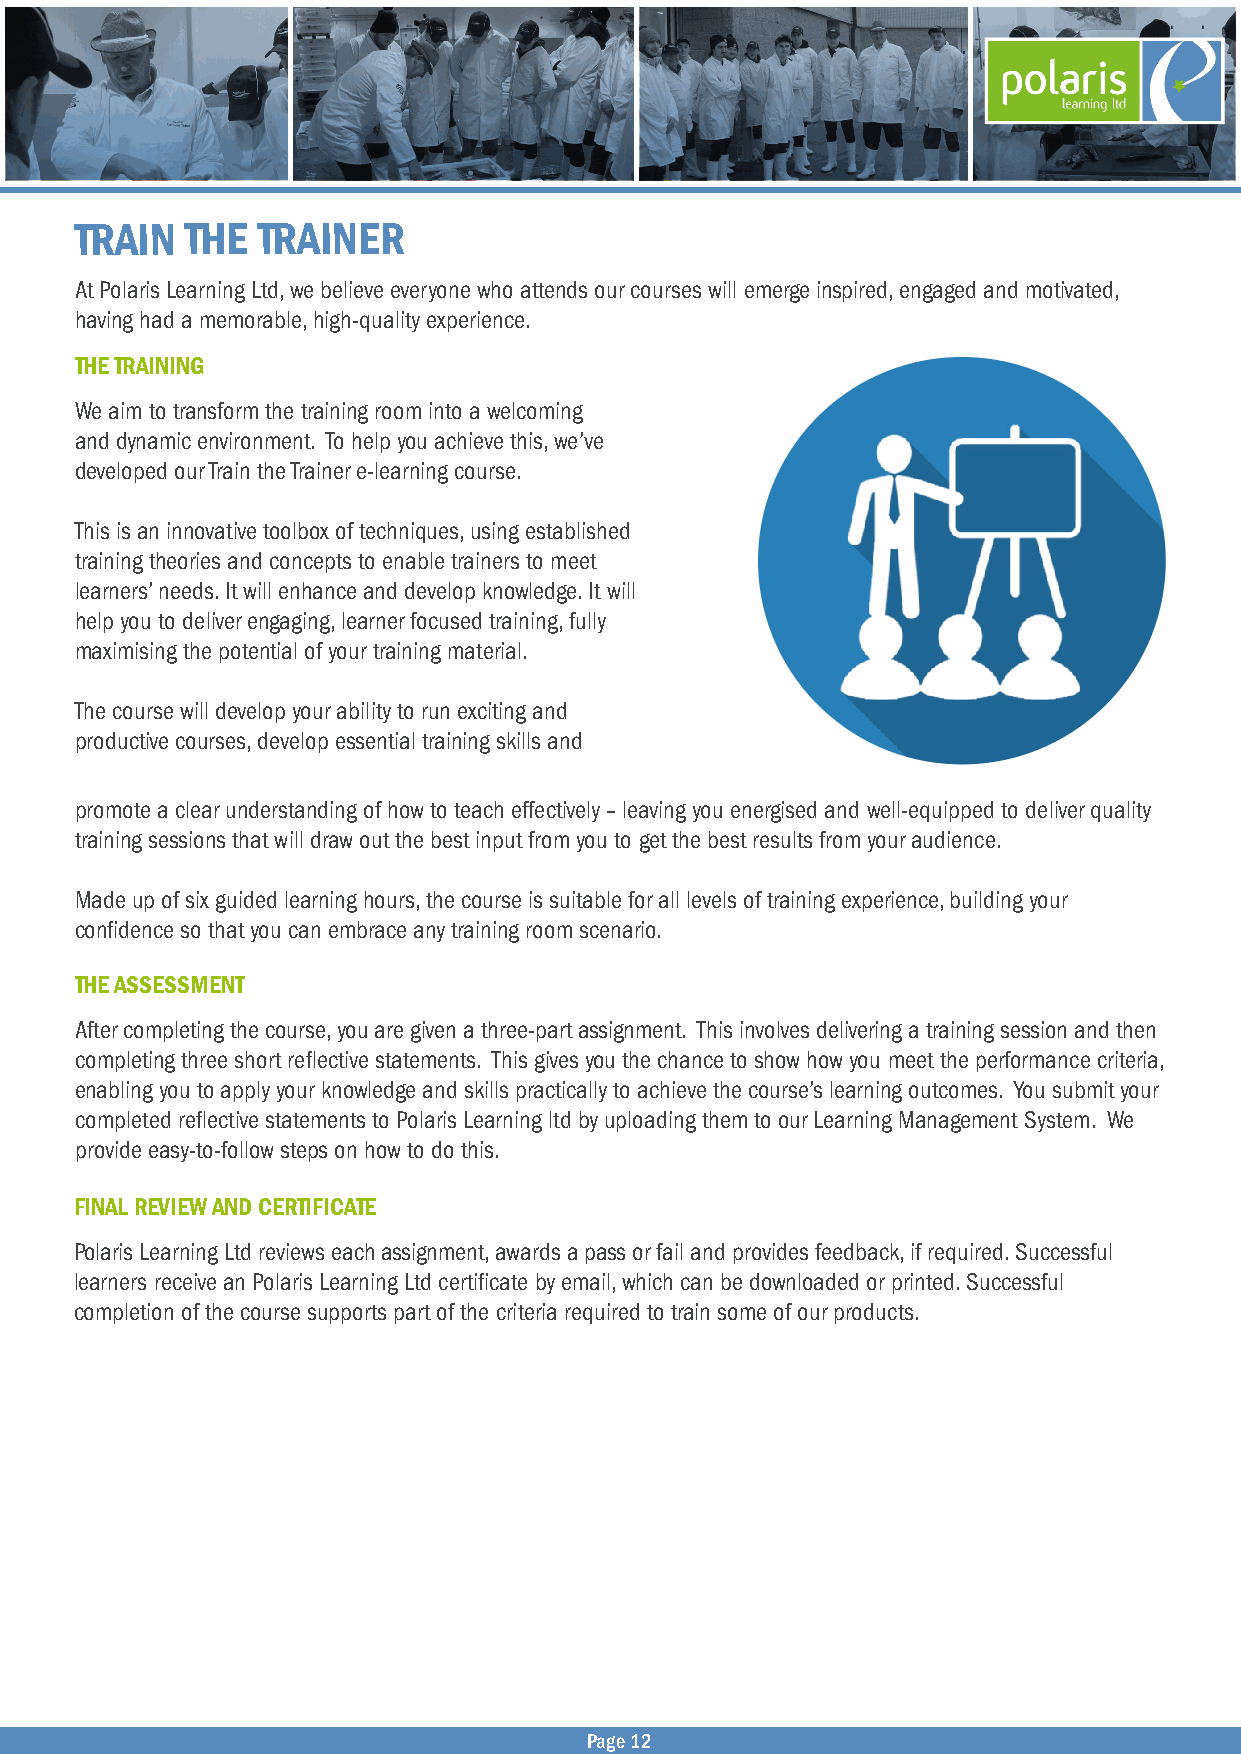
TRAIN  THE  TRAINER
 At Polaris Learning Ltd, we believe everyone who attends our courses will emerge inspired, engaged and motivated,
 having had a memorable, high-quality experience.
 THE TRAINING
 We aim to transform the training room into a welcoming
 and dynamic environment. To help you achieve this, we’ve
 developed our Train the Trainer e-learning course.
 This is an innovative toolbox of techniques, using established
 training theories and concepts to enable trainers to meet
 learners’ needs. It will enhance and develop knowledge. It will
 help you to deliver engaging, learner focused training, fully
 maximising the potential of your training material.
 The course will develop your ability to run exciting and
 productive courses, develop essential training skills and
 promote a clear understanding of how to teach effectively – leaving you energised and well-equipped to deliver quality
 training sessions that will draw out the best input from you to get the best results from your audience.
 Made up of six guided learning hours, the course is suitable for all levels of training experience, building your
 confidence so that you can embrace any training room scenario.
 THE ASSESSMENT
 After completing the course, you are given a three-part assignment. This involves delivering a training session and then
 completing three short reflective statements. This gives you the chance to show how you meet the performance criteria,
 enabling you to apply your knowledge and skills practically to achieve the course’s learning outcomes. You submit your
 completed reflective statements to Polaris Learning ltd by uploading them to our Learning Management System. We
 provide easy-to-follow steps on how to do this.
 FINAL REVIEW AND CERTIFICATE
 Polaris Learning Ltd reviews each assignment, awards a pass or fail and provides feedback, if required. Successful
 learners receive an Polaris Learning Ltd certificate by email, which can be downloaded or printed. Successful
 completion of the course supports part of the criteria required to train some of our products.
 Page 12